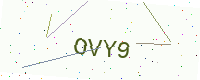
Text: OVY9